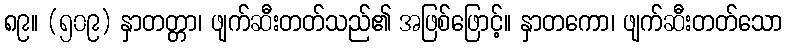
၈၉။ (၅၀၉) နှာတတ္တာ၊ ဖျက်ဆီးတတ်သည်၏ အဖြစ်ဖြောင့်။ နှာတကော၊ ဖျက်ဆီးတတ်သော